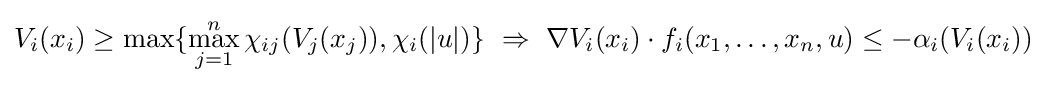
V_{i}(x_{i})\geq \max\{\max _{j=1}^{n}\chi _{ij}(V_{j}(x_{j})),\chi _{i}(|u|)\}\ \Rightarrow \ \nabla V_{i}(x_{i})\cdot f_{i}(x_{1},\ldots ,x_{n},u)\leq -\alpha _{i}(V_{i}(x_{i}))